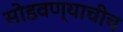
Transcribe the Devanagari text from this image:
सोडवण्याचीच